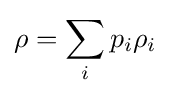
\rho =\sum _{i}p_{i}\rho _{i}